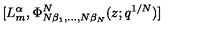
[ L _ { m } ^ { \alpha } , \Phi _ { N \beta _ { 1 } , \dots , N \beta _ { N } } ^ { N } ( z ; q ^ { 1 / N } ) ] \